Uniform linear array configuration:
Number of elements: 8
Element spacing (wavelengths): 0.5
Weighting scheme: kaiser
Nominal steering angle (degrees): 45
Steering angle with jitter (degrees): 45.374
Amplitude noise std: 0.05
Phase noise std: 0.05

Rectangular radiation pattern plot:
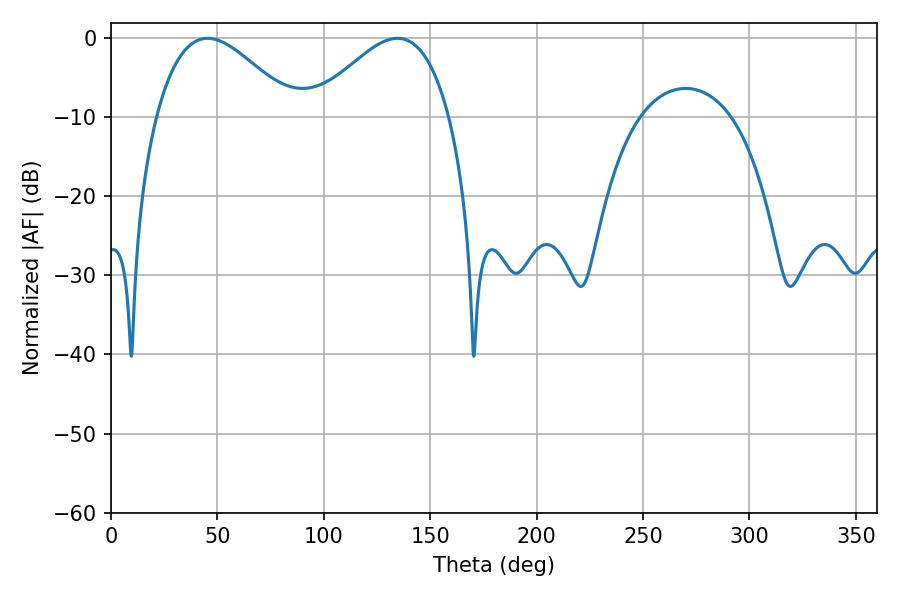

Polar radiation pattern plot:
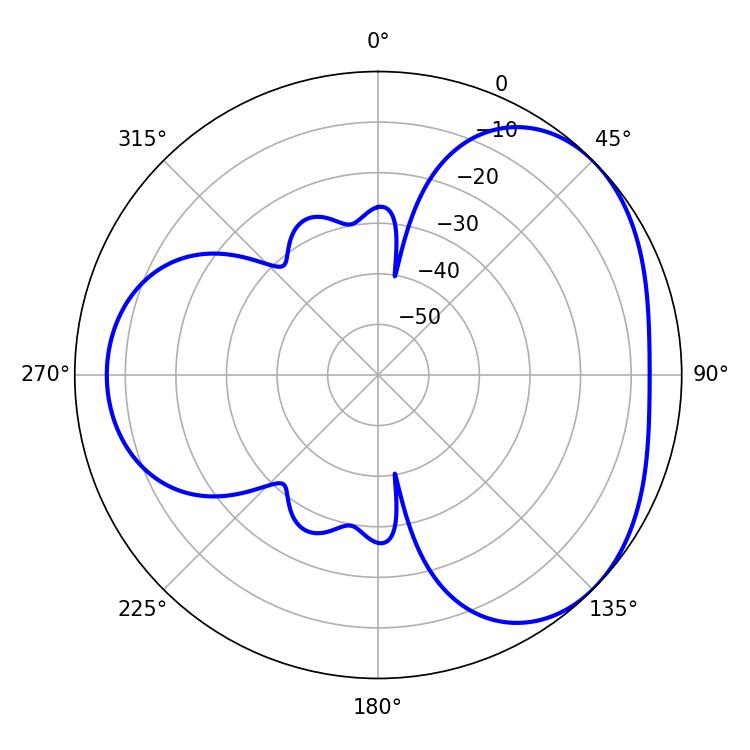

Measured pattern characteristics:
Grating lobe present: FALSE
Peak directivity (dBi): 3.666
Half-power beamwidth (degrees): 34.92
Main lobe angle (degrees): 45.36